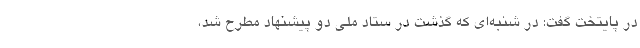
در پایتخت گفت: در شنبه‌ای که گذشت در ستاد ملی دو پیشنهاد مطرح شد،